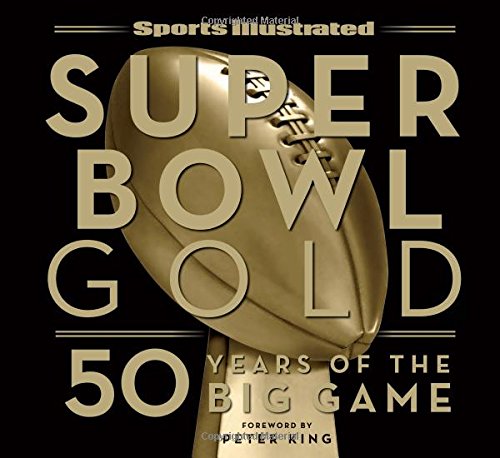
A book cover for Sports Illustrated Super Bowl Gold: 50 Years of the Big Game; The Editors of Sports Illustrated; Sports & Outdoors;